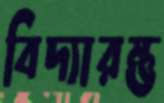
বিদ্যারম্ভ